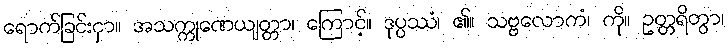
ရောက်ခြင်းငှာ။ အသက္ကုဏေယျတ္တာ၊ ကြောင့်။ ဒုပ္ပဿံ၊ ၏။ သဗ္ဗလောကံ၊ ကို။ ဥတ္တရိတွာ၊